Civil Veterinary Department. Madras. Admin. report 1926-33 - 1926-1933
Year: 1926
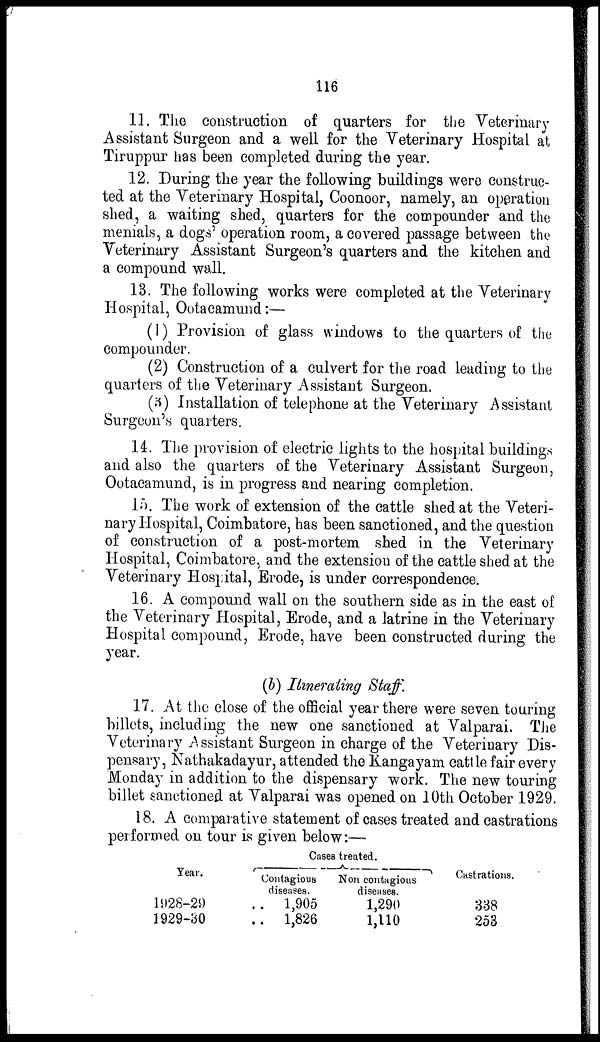
116
11. The construction of quarters for the Veterinary
Assistant Surgeon and a well for the Veterinary Hospital at
Tiruppur has been completed during the year.
12. During the year the following buildings were construc-
ted at the Veterinary Hospital, Coonoor, namely, an operation
shed, a waiting shed, quarters for the compounder and the
menials, a dogs' operation room, a covered passage between the
Veterinary Assistant Surgeon's quarters and the kitchen and
a compound wall.
13. The following works were completed at the Veterinary
Hospital, Ootacamund:—
(1) Provision of glass windows to the quarters of the
compounder.
(2) Construction of a culvert for the road leading to the
quarters of the Veterinary Assistant Surgeon.
(3) Installation of telephone at the Veterinary Assistant
Surgeon's quarters.
14. The provision of electric lights to the hospital buildings
and also the quarters of the Veterinary Assistant Surgeon,
Ootacamund, is in progress and nearing completion.
15. The work of extension of the cattle shed at the Veteri-
nary Hospital, Coimbatore, has been sanctioned, and the question
of construction of a post-mortem shed in the Veterinary
Hospital, Coimbatore, and the extension of the cattle shed at the
Veterinary Hospital, Erode, is under correspondence.
16. A compound wall on the southern side as in the east of
the Veterinary Hospital, Erode, and a latrine in the Veterinary
Hospital compound, Erode, have been constructed during the
year.
(b) Itinerating Staff.
17. At the close of the official year there were seven touring
billets, including the new one sanctioned at Valparai. The
Veterinary Assistant Surgeon in charge of the Veterinary Dis-
pensary, Nathakadayur, attended the Kangayam cattle fair every
Monday in addition to the dispensary work. The new touring
billet sanctioned at Valparai was opened on 10th October 1929.
18. A comparative statement of cases treated and castrations
performed on tour is given below:—
Year.
1928-29
1929-30
Cases treated.
Contagious
diseases.
.. 1,905
.. 1,826
Non contagious
diseases.
1,290
1,110
Castrations.
338
253